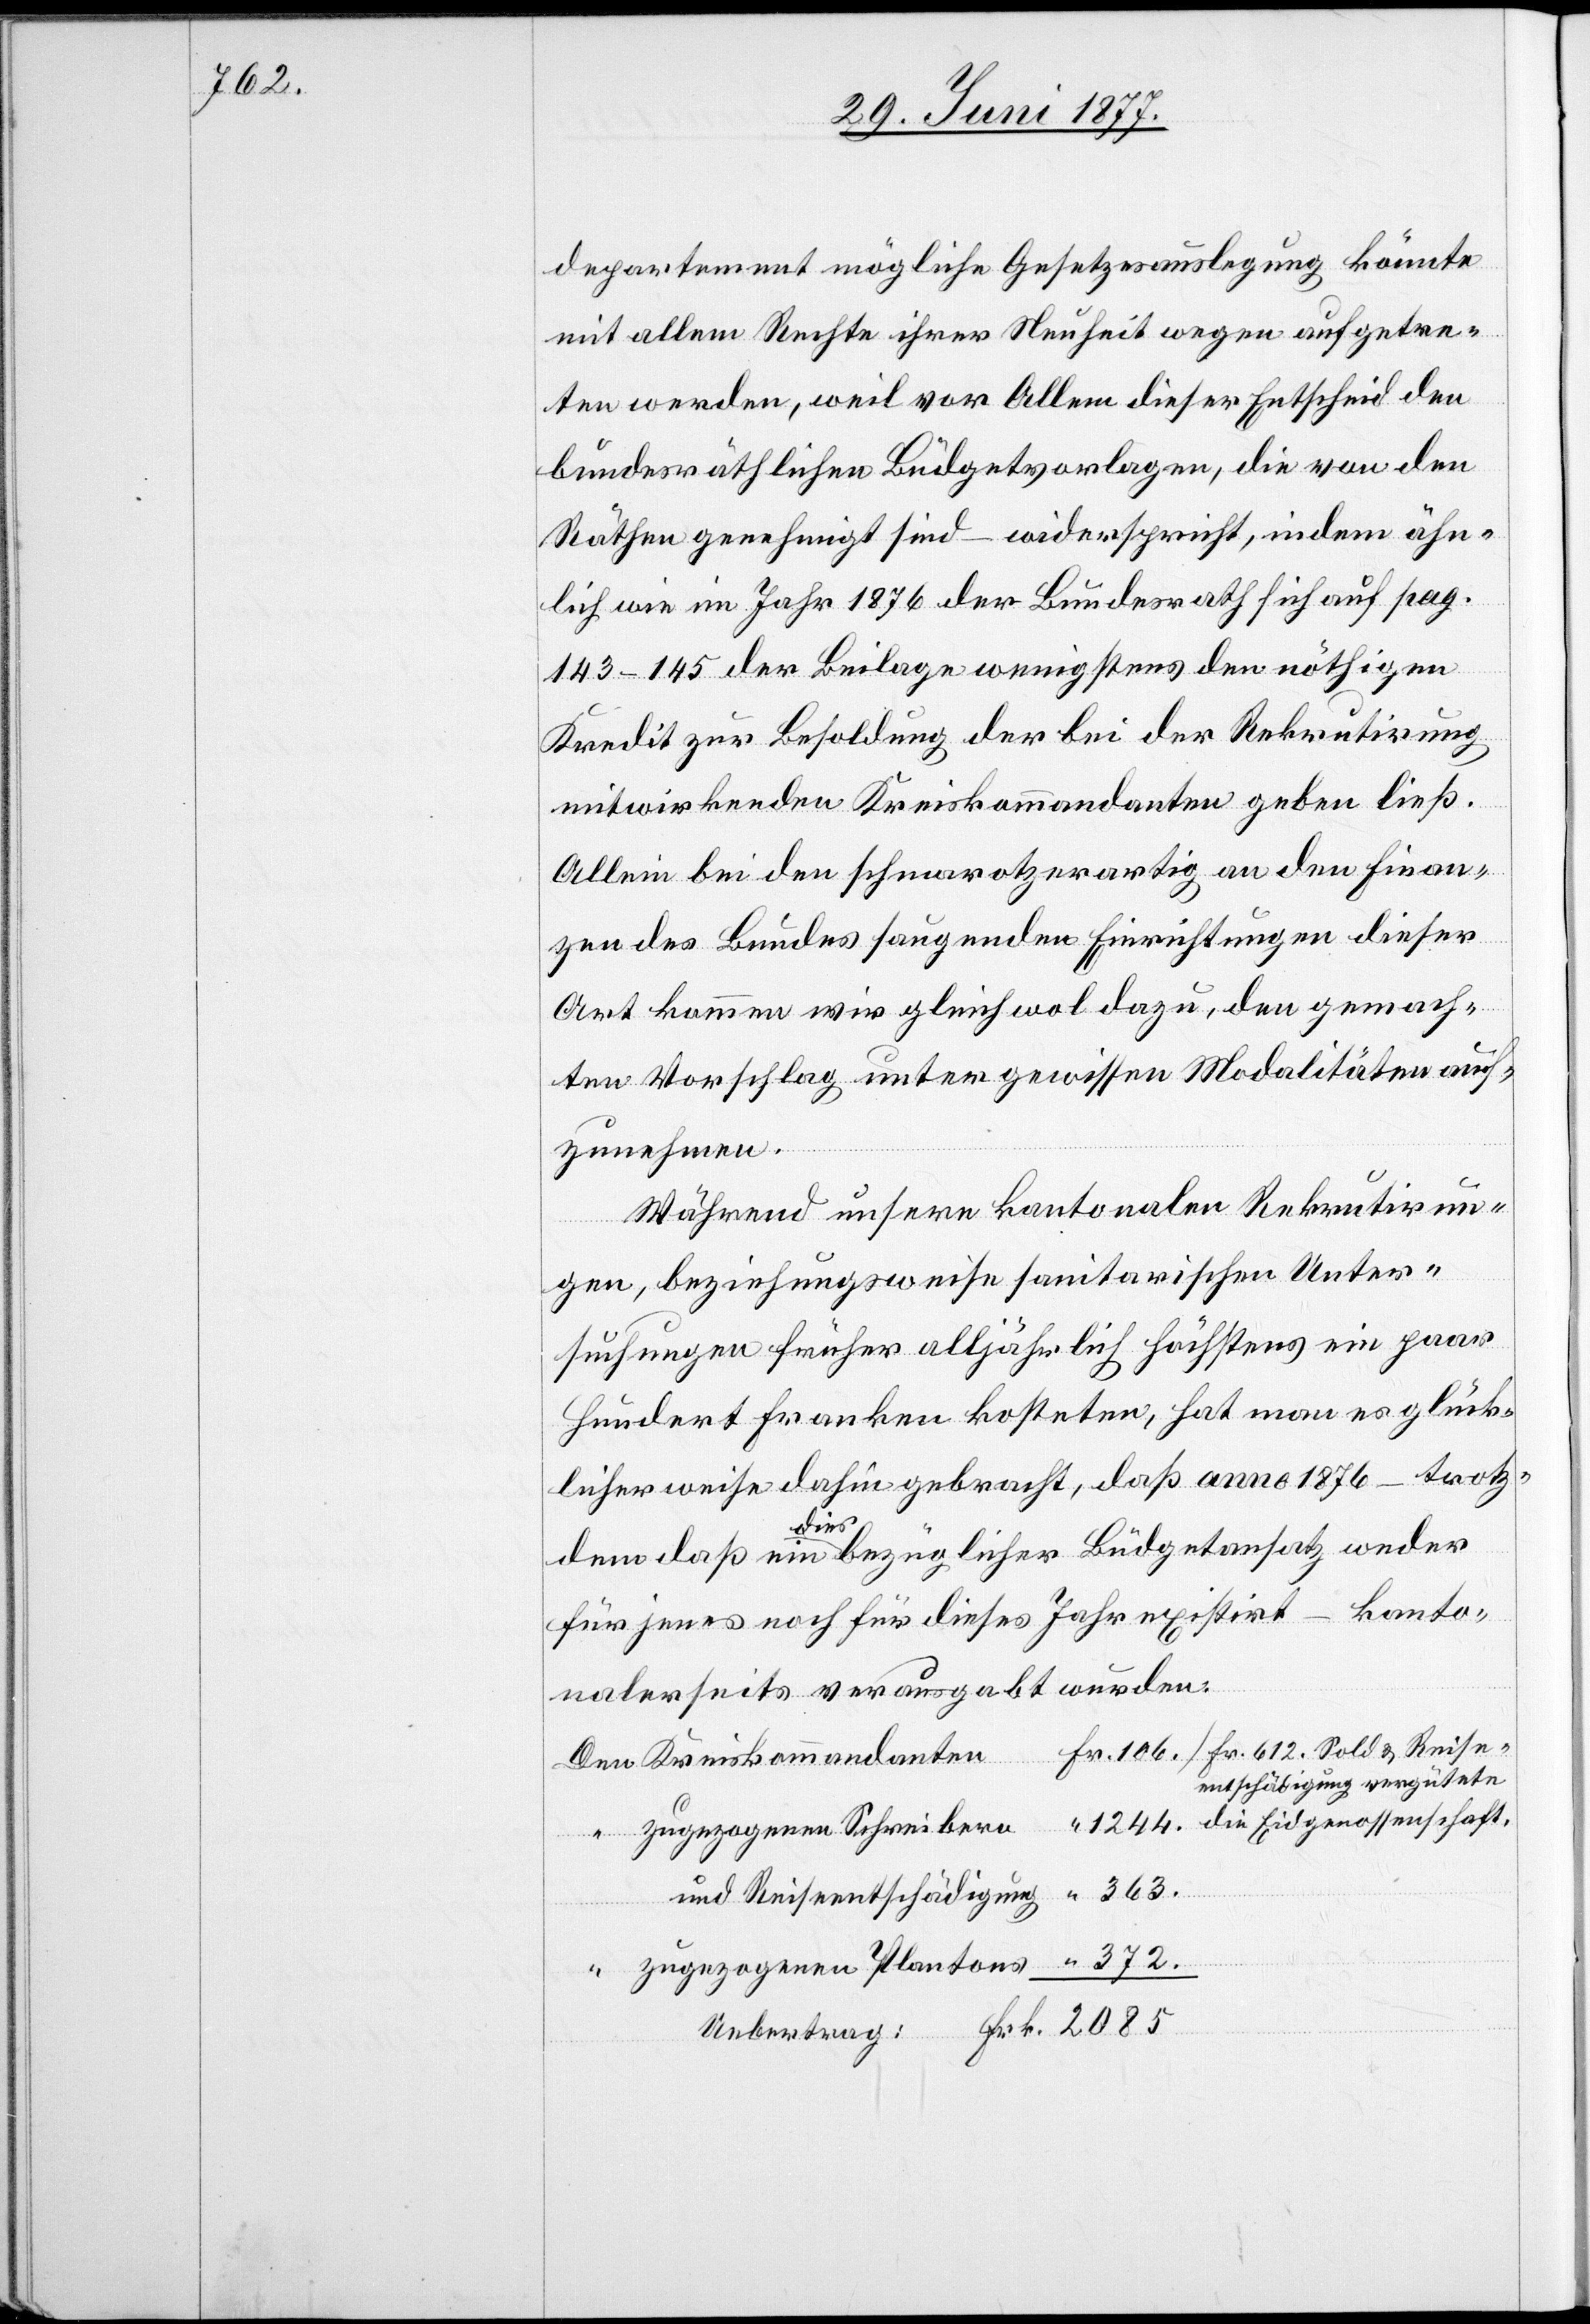
departemet mögliche Gesetzesauslegung könnte
mit allem Rechte ihrer Neuheit wegen aufgetre¬
ten werden, weil vor Allem dieser Entscheid den
bundesräthlichen Büdgetvorlagen, die von den
Räthen genehmigt sind – wiederspricht, indem ähn¬
lich wie im Jahr 1876 der Bundesrath sich auf pag.
Uebe¬
143–145 der Beilage wenigstens den nöthigen
Kredit zur Besoldung der bei der Rekrutirung
mitwirkenden Kreiskommandanten geben ließ.
Allein bei den schmarotzerartig an den Finan¬
zen des Bundes saugenden Einrichtungen dieser
Art kommen wir gleichwol dazu, den gemach¬
ten Vorschlag unter gewissen Modalitäten auf¬
zunehmen.
Während unsere kantonalen Rekrutirun¬
rtrag:
gen, beziehungsweise sanitarischen Unter¬
suchungen früher alljährlich höchstens ein paar
hundert Franken kosteten, hat man es glück¬
licherweise dahin gebracht, daß anno 1876 – trotz¬
dem daß ein diesbezüglicher Büdgetansatz weder
für jenes noch für dieses Jahr existirt – kanto¬
nalerseits verausgabt wurden:
entschädigung vergütete
Frk.
und Reiseentschädigung
zugezogenen Plantons